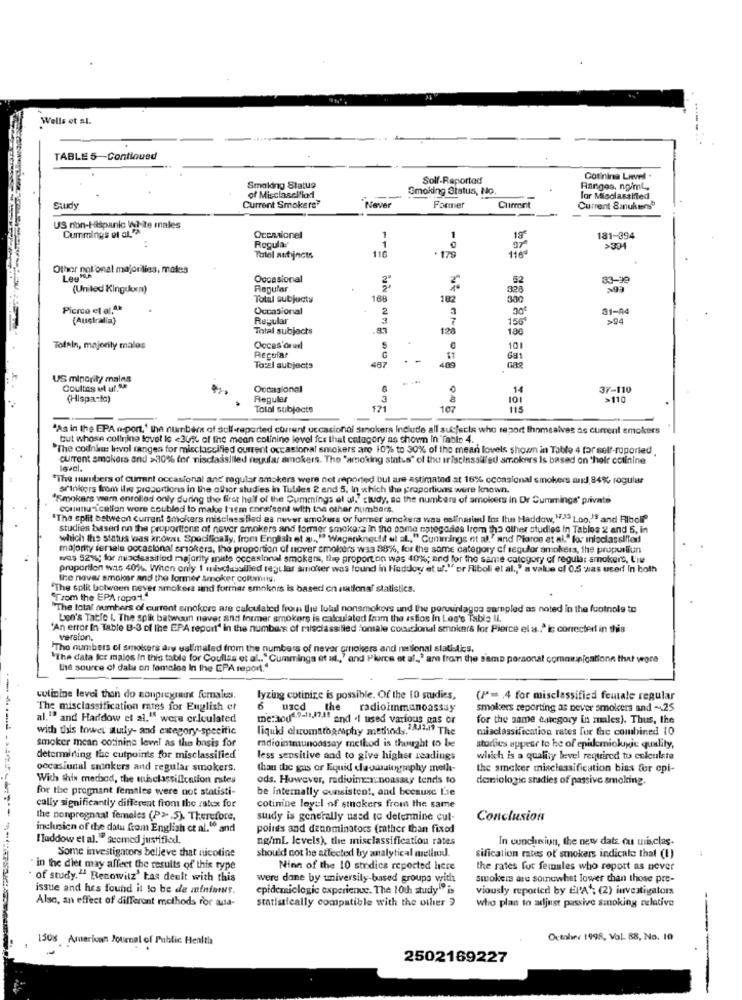
Wells et al.
TABLE 5-Continued
Soll-Reportod
Cotinina Level .
Smolding Status
Smoking Status, No.
Ranges, noimL.
of Misclasel'lod
--
for Misclassified
Study
Current Smokers"
Never
Former
Cuiront
Current Smukers
US non-Hispanic Witte males
Cummings et al."a
Ocenaionel
1
1
18
181-394
Regular
>304
Tatol autincis
116
. 179
Other national majorilies, males
Legia
Occasional
52
83-19
(United Kingdom)
Regular
Total subjuctu
168
182
300
OC
Picrce et al.A.k
Occasional
2
3
31-44
(Australia)
Regular
156ª
>94
Total subjects
120
186
Tofein, majority malos
Occas'ord
5
101
Regular
Gal
To:El subjects
467
409
US minority mains
Coultes el ul.Sk
Occasional
14
37-110
(Hispa-fc)
Regular
à
101
>110
Total subjects
107
115
"As in the EPA misport,' the numbers of self-reported current occasional sinokers Include all subjects who report Ihomsalves as current smokers
tut whose collnine lovel le <30% of the mean colinine level fes that category as shown In Table 4.
The codnku: Invol ranges for misclassified current occasional smokers aro 107% to 30% of the mean loveis shoum in Table 4 for self-roporled
current smokers and >30% fer nisclassliled regular smokers. The "amoking status" of the iriscinssilfed amokers Is based on their cotinine
loval.
"The numbers of current occasional and regular smokers were not reported bul are astimated at 16% cconsional smokers and, 84%, rogular
sminkers from the proportions in the other studies in Tubiles 2 and 5, In which the proportions were known.
'Smokers warn enrolled only during the first half of the Cummings at ul." ctudy, so the numbers of smokers in Dr Cummings' private
communication were coubled to make t'ism conefsent with the other numbers.
"The split between current Smokers misclassified as never smokurs or furmer amckers was estinasund Ins Ihn Haddow, "39 tno," and Riboli
studies based on the proportions of never smokers and former smokers in the same categories from the other studies in Tablos 2 and 5, in
which the status woas krokat Specifically, from English et al ., ""Wagenknecht et al,"Cunirrings et al."and Ploroe et al." for inisclassified
majority feriale occasional smokers, the proportion of nover smokers was 887%, for the same category of segufor amokers, the propuiliun
was 52%%; for miaclassified majority mate occasional smokers, the proportion was 40%; and for the sante category of regular smokers, Un
pruportion was 40%. Witen only 1 misclassilled regular smoker was found in Haddow et uf."" or Riboli et al ., " a value of 0.5 was used In both
the navar smoker and the former Smoker columns.
"The spik between never smokers and formar smokers is based on sulfonaf statistics.
"Trom the EPA rapa1."
"The total numbers of current emokers are calculated from the tutul nonsmokers und the poruinlagos sampled as noted in the footnole to
Loo's Tatie I. The split batwoun never and Insmer smokers is calculated from the astlos In Led's Table Il.
'An error In Table B-3 of the EPA report" in the numbers of misclassified fontale codicional smokers for Pierce el a .. " ic correctert in this
version.
.The numbers of smokers are estimated from the numbers of never grrokers and national statistics,
"The data fer malos In this table for Coullas et al .. "Cummings et ad,' and Plurce et al ., ' are from the same personal communicationn thut wore
the source of data on females In the EPA report."
culinine level than do monpregnant femaless.
lyzing cotinize is possible. Of the 10 studies,
(P= 4 for misclassified feutale regular
The misclassification rates for English et
6
uscd
the radioimmunoassay
smokers reporting as never smokers and -. 25
al."" and Harfdow et al." were er.lculated
me:1004.9-11,17if and .I used various aas or
for the same category in males). Thus, the
with this tower autly- and estegory-specific
liquki chromatography method ,. a.if The
misclassification rates for the combined 10
smoker mean cotinine level as the basis for
mdiointnunoossay method is thought to be
sturlies appear to be of epidemiokuje quality,
determining the cutpoints for misclassified
less sensitive and to give higher readings
which is a quality level required to celoulate
occasional sminkers and regular smokers.
than the gas or Equid dlacartography mell-
the smoker misclassification bias for cpi-
With this method, the misclassification mtes
ods. However, radioimex noassay tends to
deniologic sradies of passive smoking.
for the pregnant females were not statisti-
be internally consistent, and beesune Lse
cally significantly different from the ratexx for
cotinine loyul of stokers from the same
the nonpregnaat females (P>,5). Therefore,
study is generally used to determine cut-
Conclusion
inchoicn of the data from English et al." and
points and denominators (rather than fixed
Haddow et al." Seemed justified.
ng/ml levels), the misclassification rates
In wochsiun, the new date ou uriclas-
Some investigators belleve that nicotine
should not be affected by analytical metind.
sification rates of smokers indicate that (1)
· in the diet may affect the results of this type
Ninn of the 10 stedics reported hicce
the rates for females who report as never
· of study." Renowitz' tas dealt with this
were done by umiversily-based groupa writh
smokers are somewhat lower than those pre-
issue and hes found it to be de minimus.
epidemiclogic experience. The 10th study" is
viously reported by EPA ; (2) investigators
statistically compatible with the other ?
who plan to adjust passive smoking relative
--
Also, an effect of different methods for ada-
1508 American Journal of Public Health
October 1998, Vol. 88, No. 10
2502169227